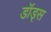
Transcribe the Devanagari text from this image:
डॉड्स